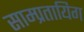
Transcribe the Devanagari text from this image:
साम्प्रतायिग